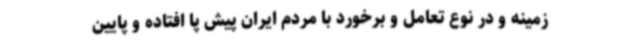
زمینه و در نوع تعامل و برخورد با مردم ایران پیش پا افتاده و پایین